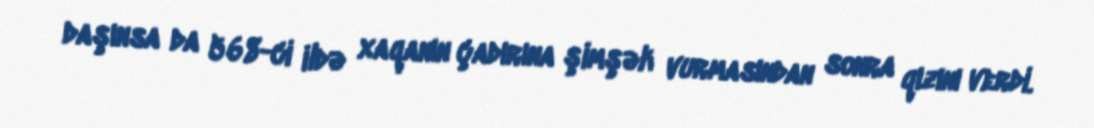
daşınsa da 568-ci ildə xaqanın çadırına şimşək vurmasından sonra qızını verdi.